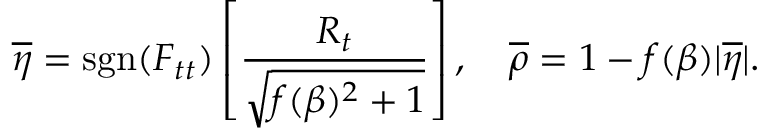
\overline { { { \eta } } } = \mathrm { s g n } ( F _ { t t } ) \left[ \frac { R _ { t } } { \sqrt { f ( \beta ) ^ { 2 } + 1 } } \right] , \quad \overline { { { \rho } } } = 1 - f ( \beta ) | \overline { { { \eta } } } | .